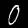
Label: 0